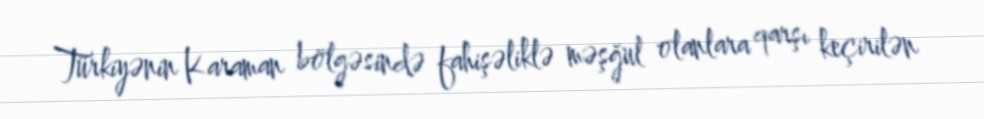
Türkiyənin Karaman bölgəsində fahişəliklə məşğul olanlara qarşı keçirilən